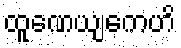
ထူဏေယျကေဟိ